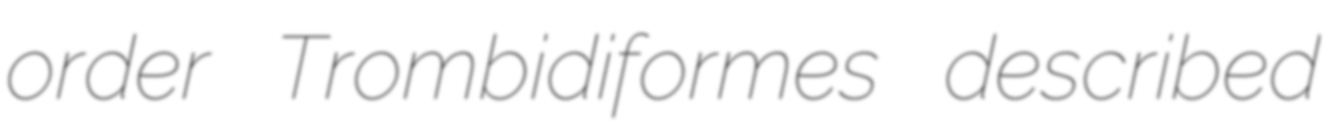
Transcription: order Trombidiformes described